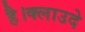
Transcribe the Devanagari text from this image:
है।क्लाउदे